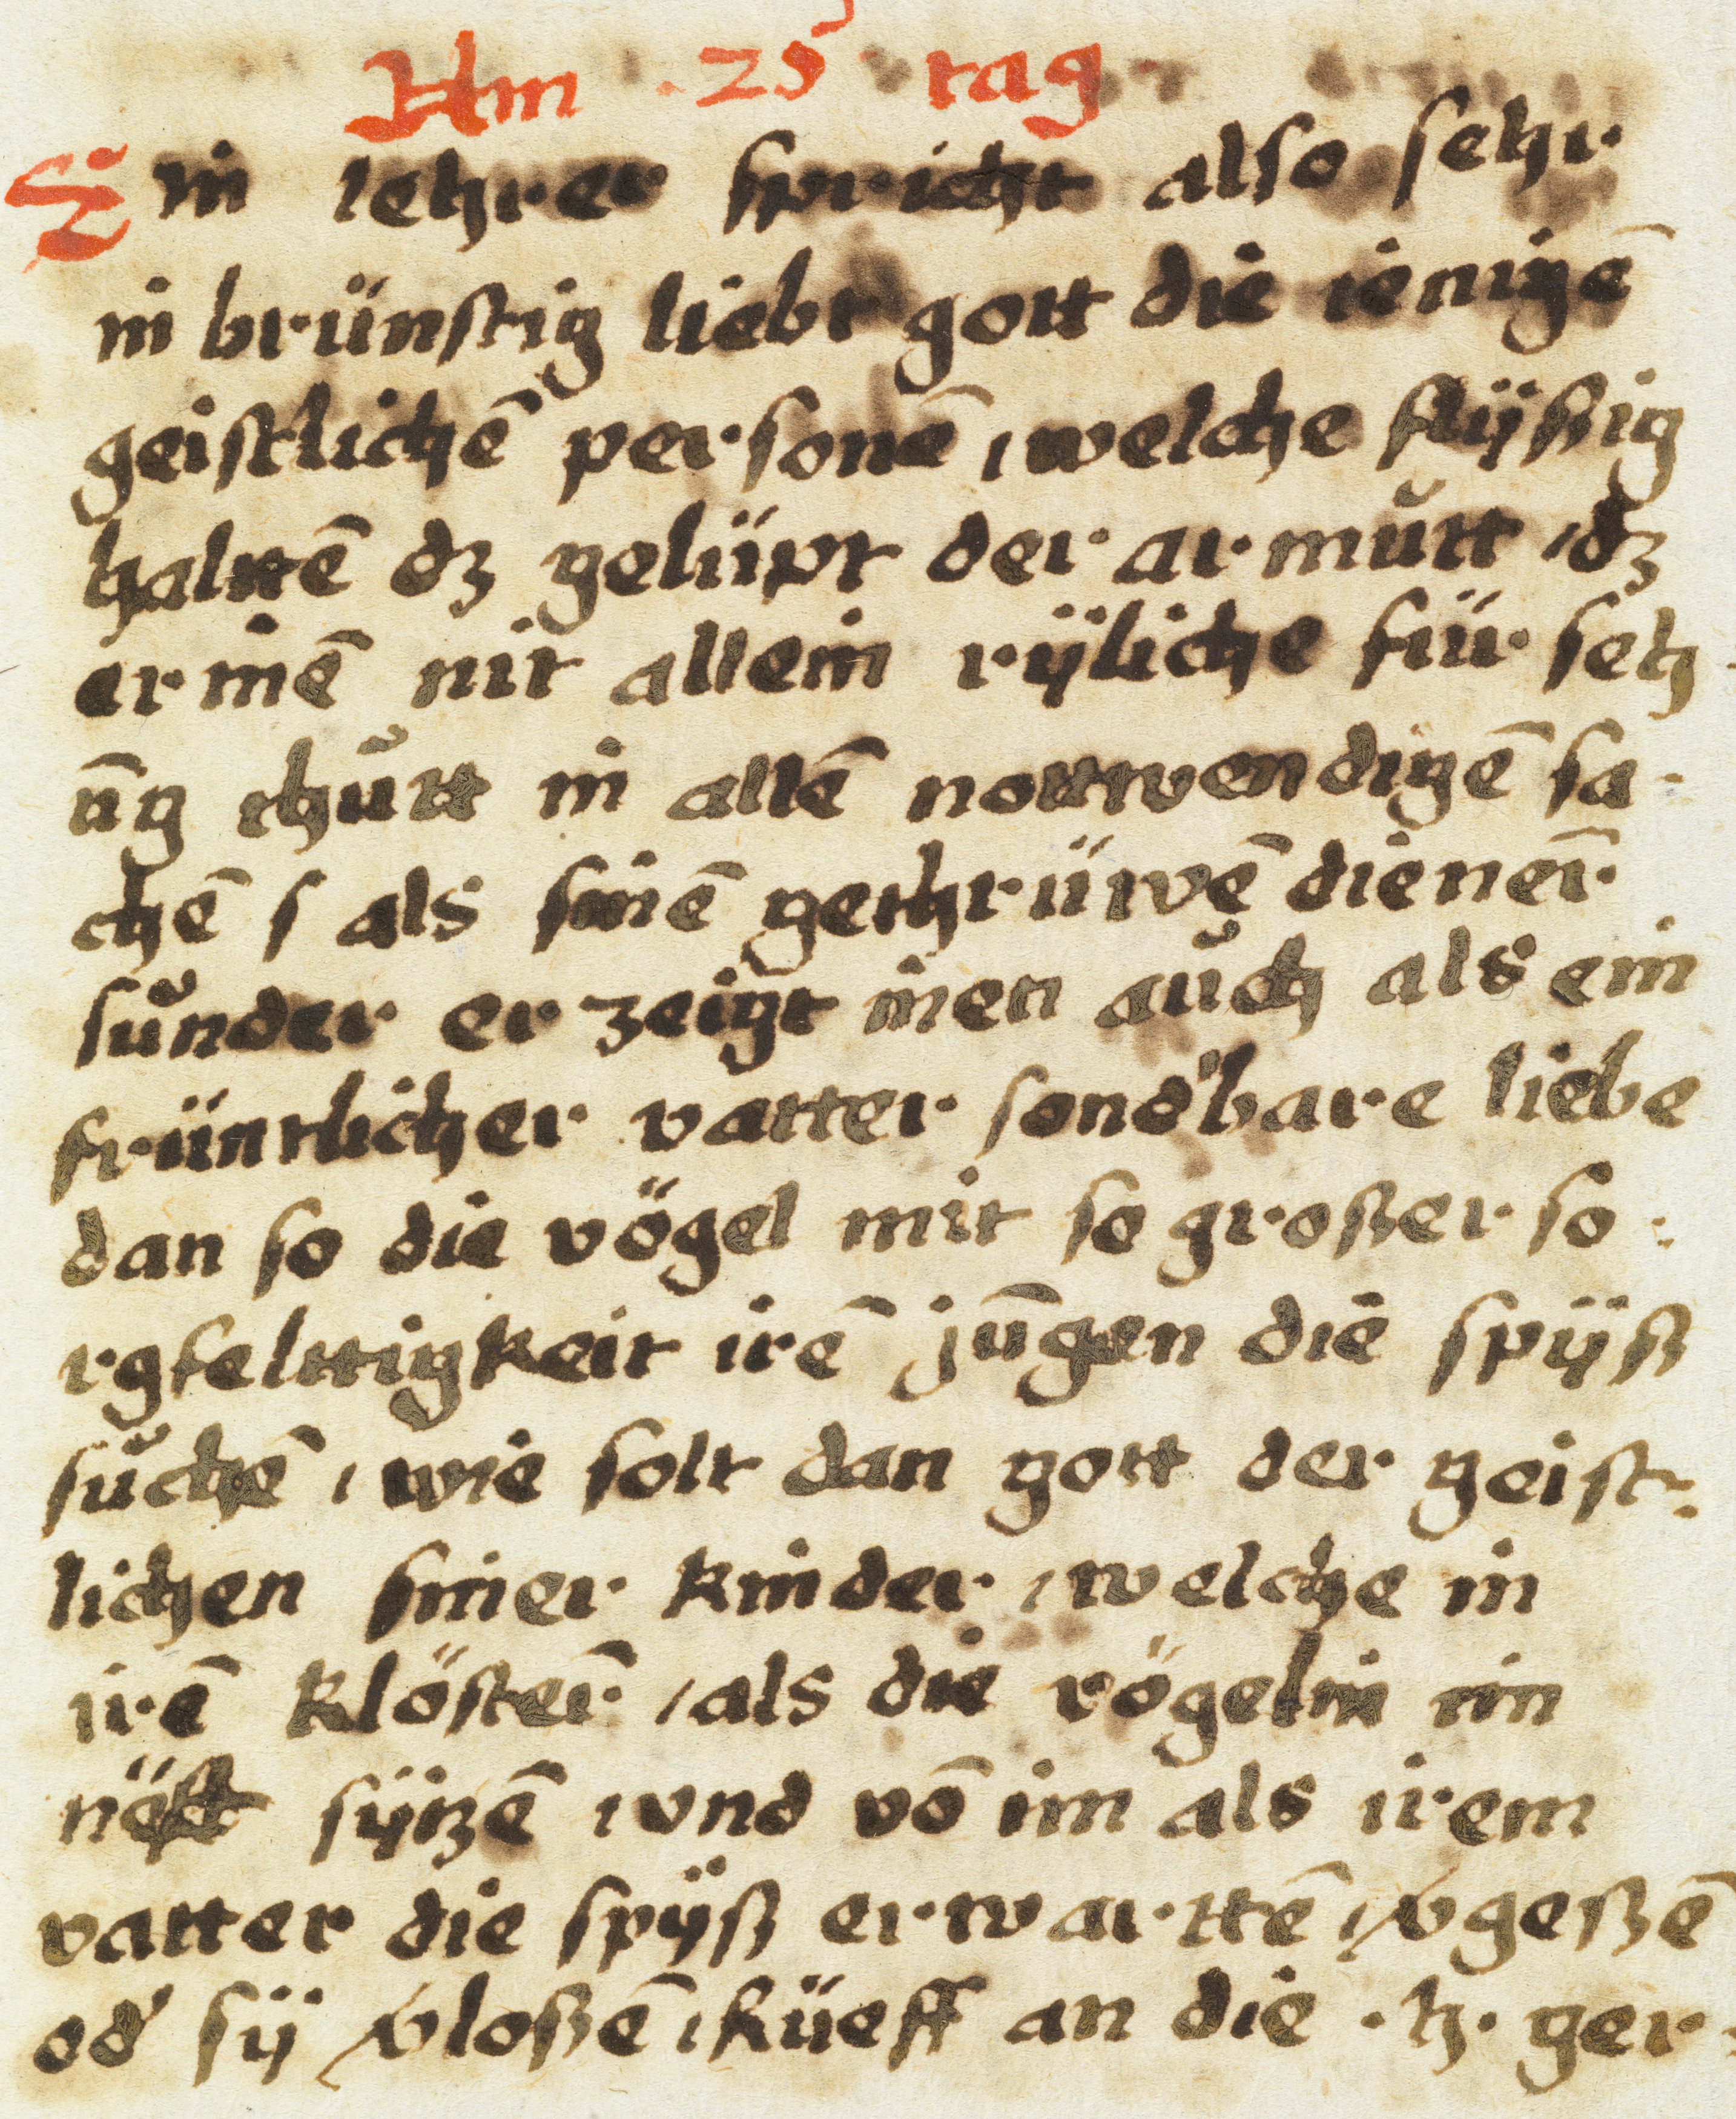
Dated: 1605–1635